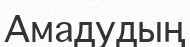
Амадудың